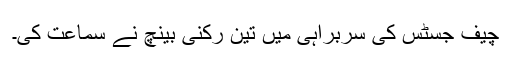
چیف جسٹس کی سربراہی میں تین رکنی بینچ نے سماعت کی۔